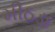
મીઠડા